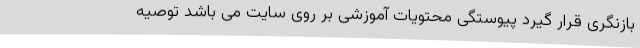
بازنگری قرار گیرد پیوستگی محتویات آموزشی بر روی سایت می باشد توصیه